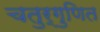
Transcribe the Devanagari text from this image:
चतुर्गुणित